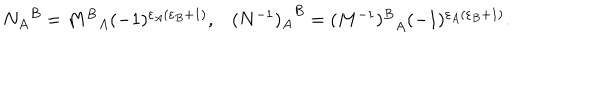
LaTeX: \begin{matrix} { { { N _ { A } } ^ { B } = { M ^ { B } } _ { A } ( - 1 ) ^ { \varepsilon _ { A } ( \varepsilon _ { B } + 1 ) } , } } & { { { ( N ^ { - 1 } ) _ { A } } ^ { B } = { ( M ^ { - 1 } ) ^ { B } } _ { A } ( - 1 ) ^ { \varepsilon _ { A } ( \varepsilon _ { B } + 1 ) } . } } \\ \end{matrix}